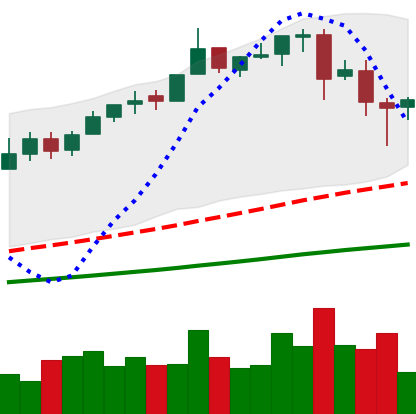
Ticker: BTC-USD
Chart end date: 2017-06-16
Forward return: 6.771%
Label: up_5_7